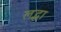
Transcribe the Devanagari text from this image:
लद्धा